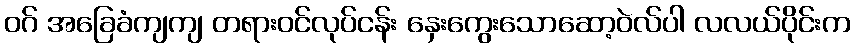
ဝဂ် အခြေခံကျကျ တရားဝင်လုပ်ငန်း နှေးကွေးသောဆော့ဝဲလ်ပါ လလယ်ပိုင်းက